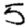
Digit: 5